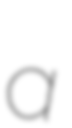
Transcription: a